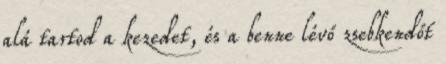
alá tartod a kezedet, és a benne lévő zsebkendőt